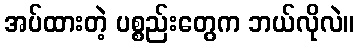
အပ်ထားတဲ့ ပစ္စည်းတွေက ဘယ်လိုလဲ။